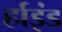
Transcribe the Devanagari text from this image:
र्हाइंड